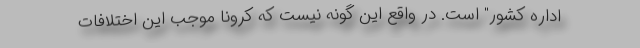
اداره کشور" است. در واقع این گونه نیست که کرونا موجب این اختلافات